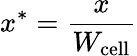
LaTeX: x^{*}=\frac{x}{W_{\mathrm{cell}}}